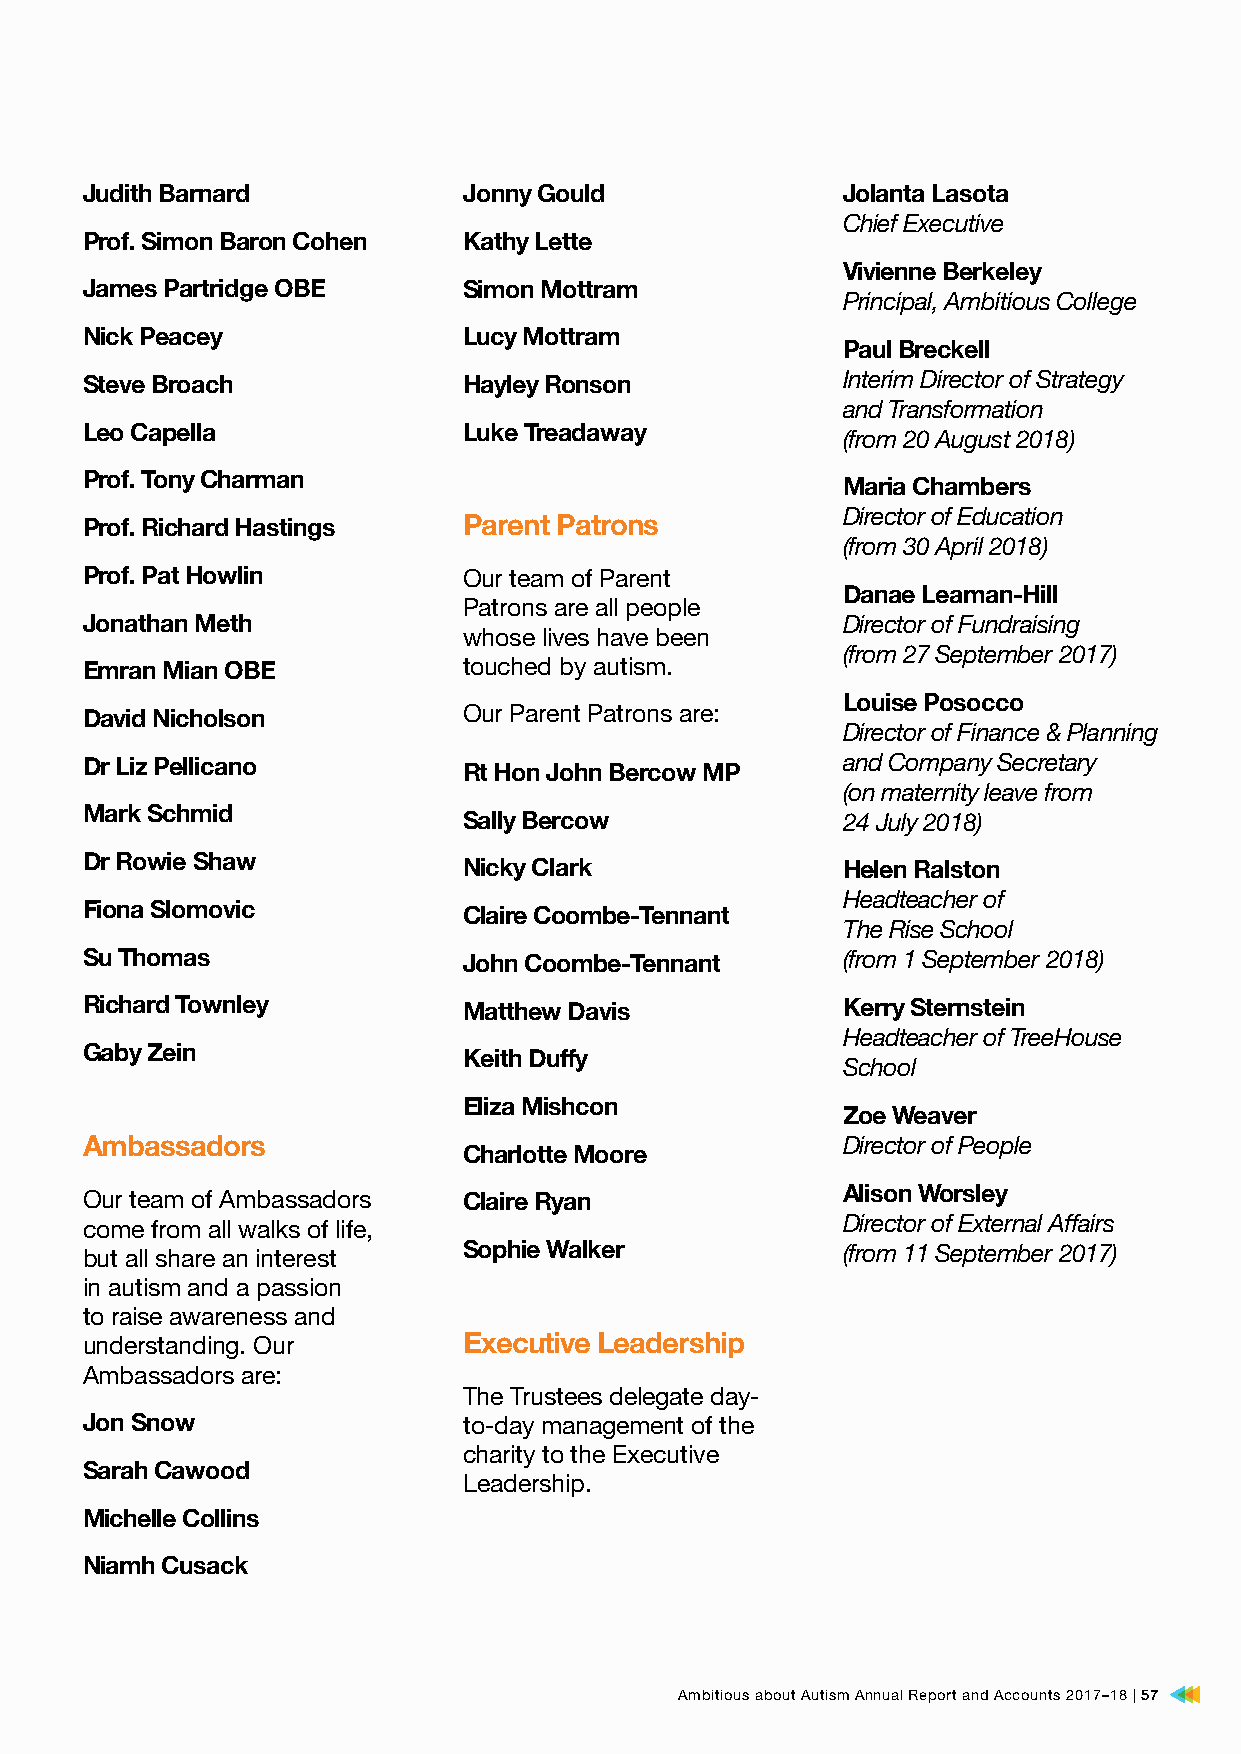
Judith Barnard            Jonny Gould              Jolanta Lasota
 Chief Executive
 Prof. Simon Baron Cohen   Kathy Lette
 Vivienne Berkeley
 James Partridge OBE       Simon Mottram
 Principal, Ambitious College
 Nick Peacey               Lucy Mottram
 Paul Breckell
 Steve Broach              Hayley Ronson            Interim Director of Strategy
 and Transformation
 Leo Capella               Luke Treadaway
 (from 20 August 2018)
 Prof. Tony Charman
 Maria Chambers
 Director of Education
 Prof. Richard Hastings    Parent Patrons
 (from 30 April 2018)
 Prof. Pat Howlin          Our team of Parent
 Danae Leaman-Hill
 Patrons are all people
 Jonathan Meth                                      Director of Fundraising
 whose lives have been
 (from 27 September 2017)
 Emran Mian OBE            touched by autism.
 Louise Posocco
 David Nicholson           Our Parent Patrons are:
 Director of Finance & Planning
 Dr Liz Pellicano          Rt Hon John Bercow MP    and Company Secretary
 (on maternity leave from
 Mark Schmid               Sally Bercow             24 July 2018)
 Dr Rowie Shaw             Nicky Clark              Helen Ralston
 Headteacher of
 Fiona Slomovic            Claire Coombe-Tennant
 The Rise School
 Su Thomas                 John Coombe-Tennant      (from 1 September 2018)
 Richard Townley           Matthew Davis            Kerry Sternstein
 Headteacher of TreeHouse
 Gaby Zein                 Keith Duffy
 School
 Eliza Mishcon
 Zoe Weaver
 Ambassadors                                        Director of People
 Charlotte Moore
 Alison Worsley
 Our team of Ambassadors   Claire Ryan
 come from all walks of life,                       Director of External Affairs
 but all share an interest Sophie Walker            (from 11 September 2017)
 in autism and a passion
 to raise awareness and
 understanding. Our        Executive Leadership
 Ambassadors are:
 The Trustees delegate day-
 Jon Snow                  to-day management of the
 charity to the Executive
 Sarah Cawood
 Leadership.
 Michelle Collins
 Niamh Cusack
 Ambitious about Autism Annual Report and Accounts 2017–18 | 57